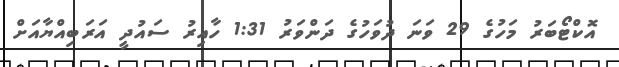
އޮކްޓޯބަރު މަހުގެ 29 ވަނަ ދުވަހުގެ ދަންވަރު 1:31 ހާއިރު ސައުދީ އަރަބިއްޔާއަށް